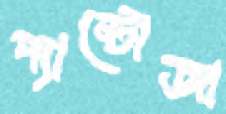
প্যান্টোজা